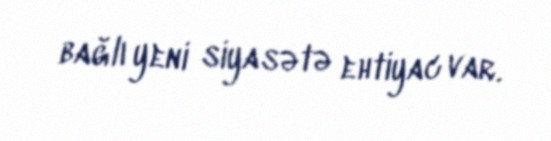
bağlı yeni siyasətə ehtiyac var.